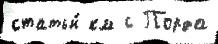
статьи́ км с Порда